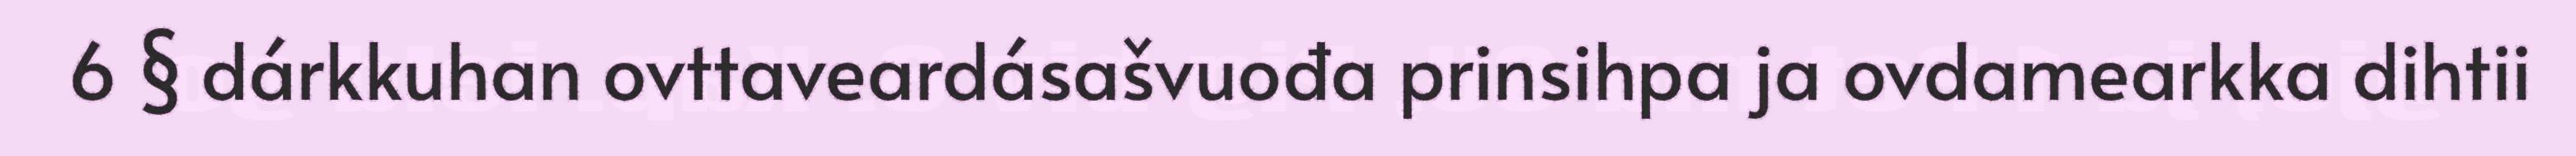
6 § dárkkuhan ovttaveardásašvuođa prinsihpa ja ovdamearkka dihtii